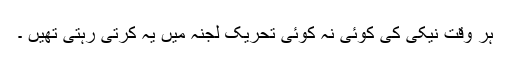
ہر وقت نیکی کی کوئی نہ کوئی تحریک لجنہ میں یہ کرتی رہتی تھیں ۔